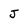
Character: J